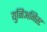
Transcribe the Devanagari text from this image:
युनिअनिस्ट